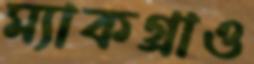
ম্যাকগ্রাও